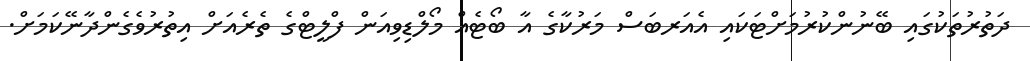
ދަތުރުތަކުގައި ބޭނުންކުރުމަށްޓަކައި އެއަރބަސް މަރުކާގެ އާ ބޯޓެއް މޯލްޑިވިއަން ފްލީޓްގެ ތެރެއަށް އިތުރުވެގެންދާނޭކަމަށް.